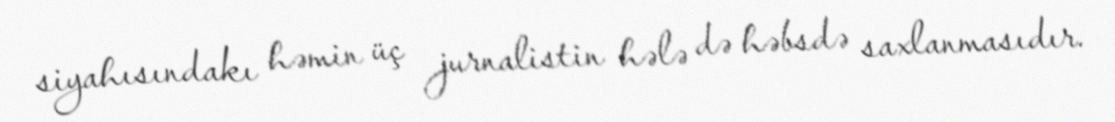
siyahısındakı həmin üç jurnalistin hələ də həbsdə saxlanmasıdır.